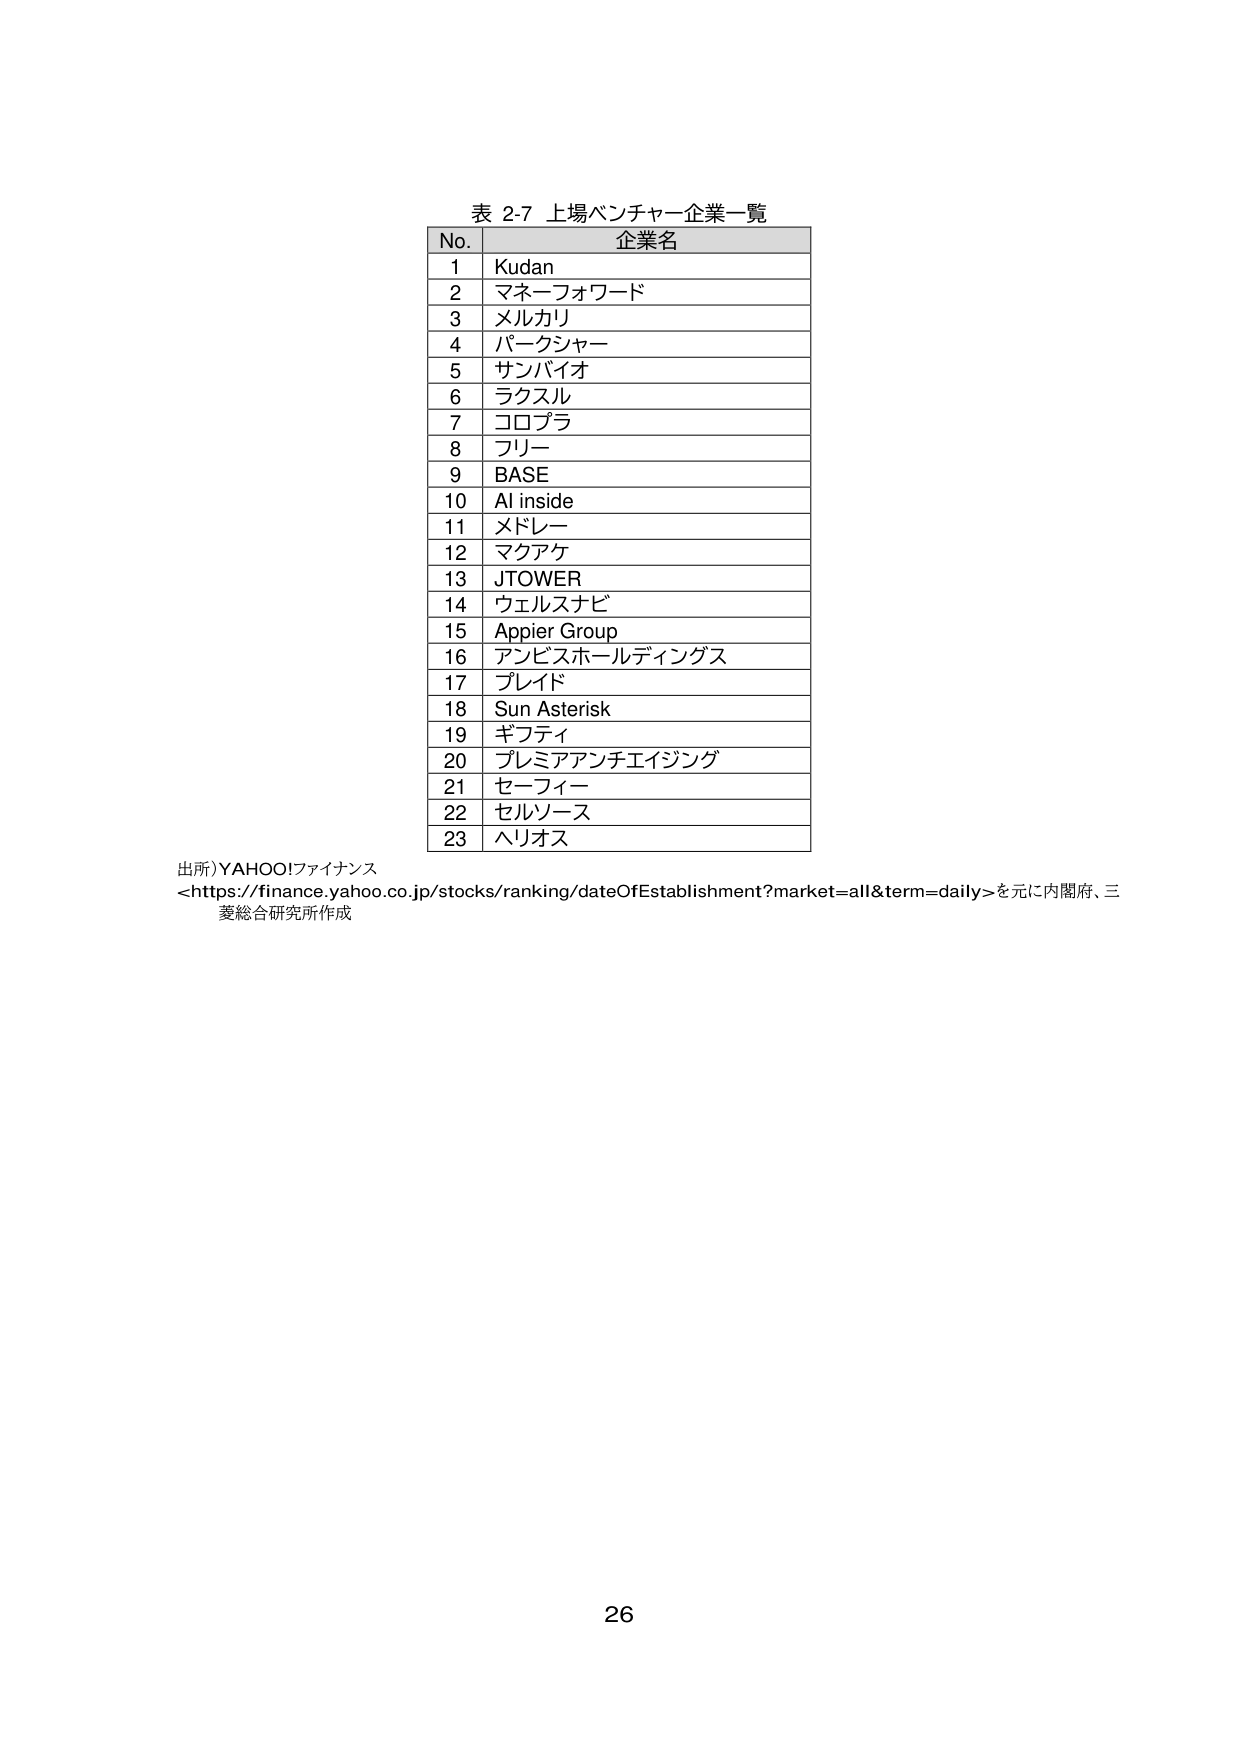
表 2-7 上場ベンチャー企業一覧
No. 企業名
1 Kudan
2 マネーフォワード
3 メルカリ
4 パークシャー
5 サンバイオ
6 ラクスル
7 コロプラ
8 フリー
9 BASE
10 AI inside
11 メドレー
12 マクアケ
13 JTOWER
14 ウェルスナビ
15 Appier Group
16 アンビスホールディングス
17 ブレイド
18 Sun Asterisk
19 ギフティ
20 プレミアアンチエイジング
21 セーフィー
22 セルソース
23 ヘリオス

出所）YAHOO!ファイナンス
<https://finance.yahoo.co.jp/stocks/ranking/dateOfEstablishment?market=all&term=daily>を元に内閣府、三菱総合研究所作成

26